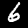
Digit: 6